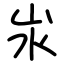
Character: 汖